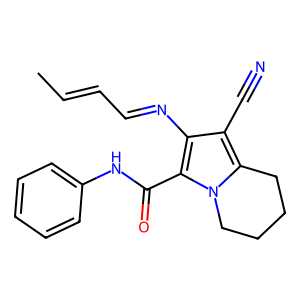
SMILES: CC=CC=Nc1c(C#N)c2n(c1C(=O)Nc1ccccc1)CCCC2
Inhibits HIV replication: No